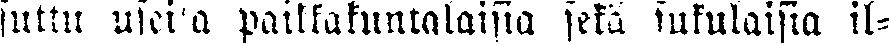
suttu useita paikkakuntalaisia sekä sukulaisia il-